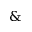
\&